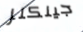
جينكنز